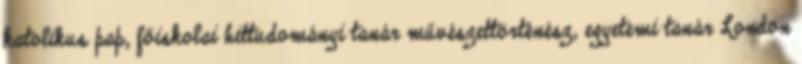
katolikus pap, főiskolai hittudományi tanár művészettörténész, egyetemi tanár London